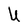
Character: U